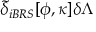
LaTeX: \widetilde { \delta } _ { i B R S } [ \phi , \kappa ] \delta \Lambda \protect